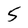
Character: 5